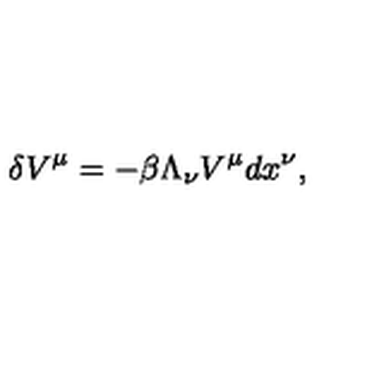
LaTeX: \delta V ^ { \mu } = - \beta \Lambda _ { \nu } V ^ { \mu } d x ^ { \nu } ,